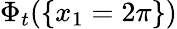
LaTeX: \Phi_{t}(\{ x_{1}=2\pi\} )